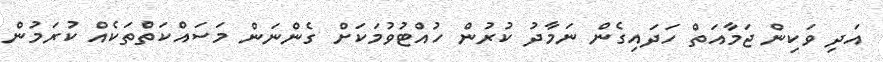
އަދި ވަކިން ޖަމާއަތް ހަދައިގެން ނަމާދު ކުރުން ހުއްޓުވުމަކަށް ގެންނަން މަސައްކަތްތަކެއް ކުރަމުން